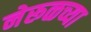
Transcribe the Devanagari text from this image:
नेरूळच्या